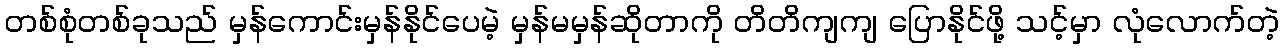
တစ်စုံတစ်ခုသည် မှန်ကောင်းမှန်နိုင်ပေမဲ့ မှန်မမှန်ဆိုတာကို တိတိကျကျ ပြောနိုင်ဖို့ သင့်မှာ လုံလောက်တဲ့